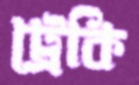
ট্রেকি